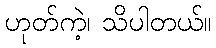
ဟုတ်ကဲ့၊ သိပါတယ်။